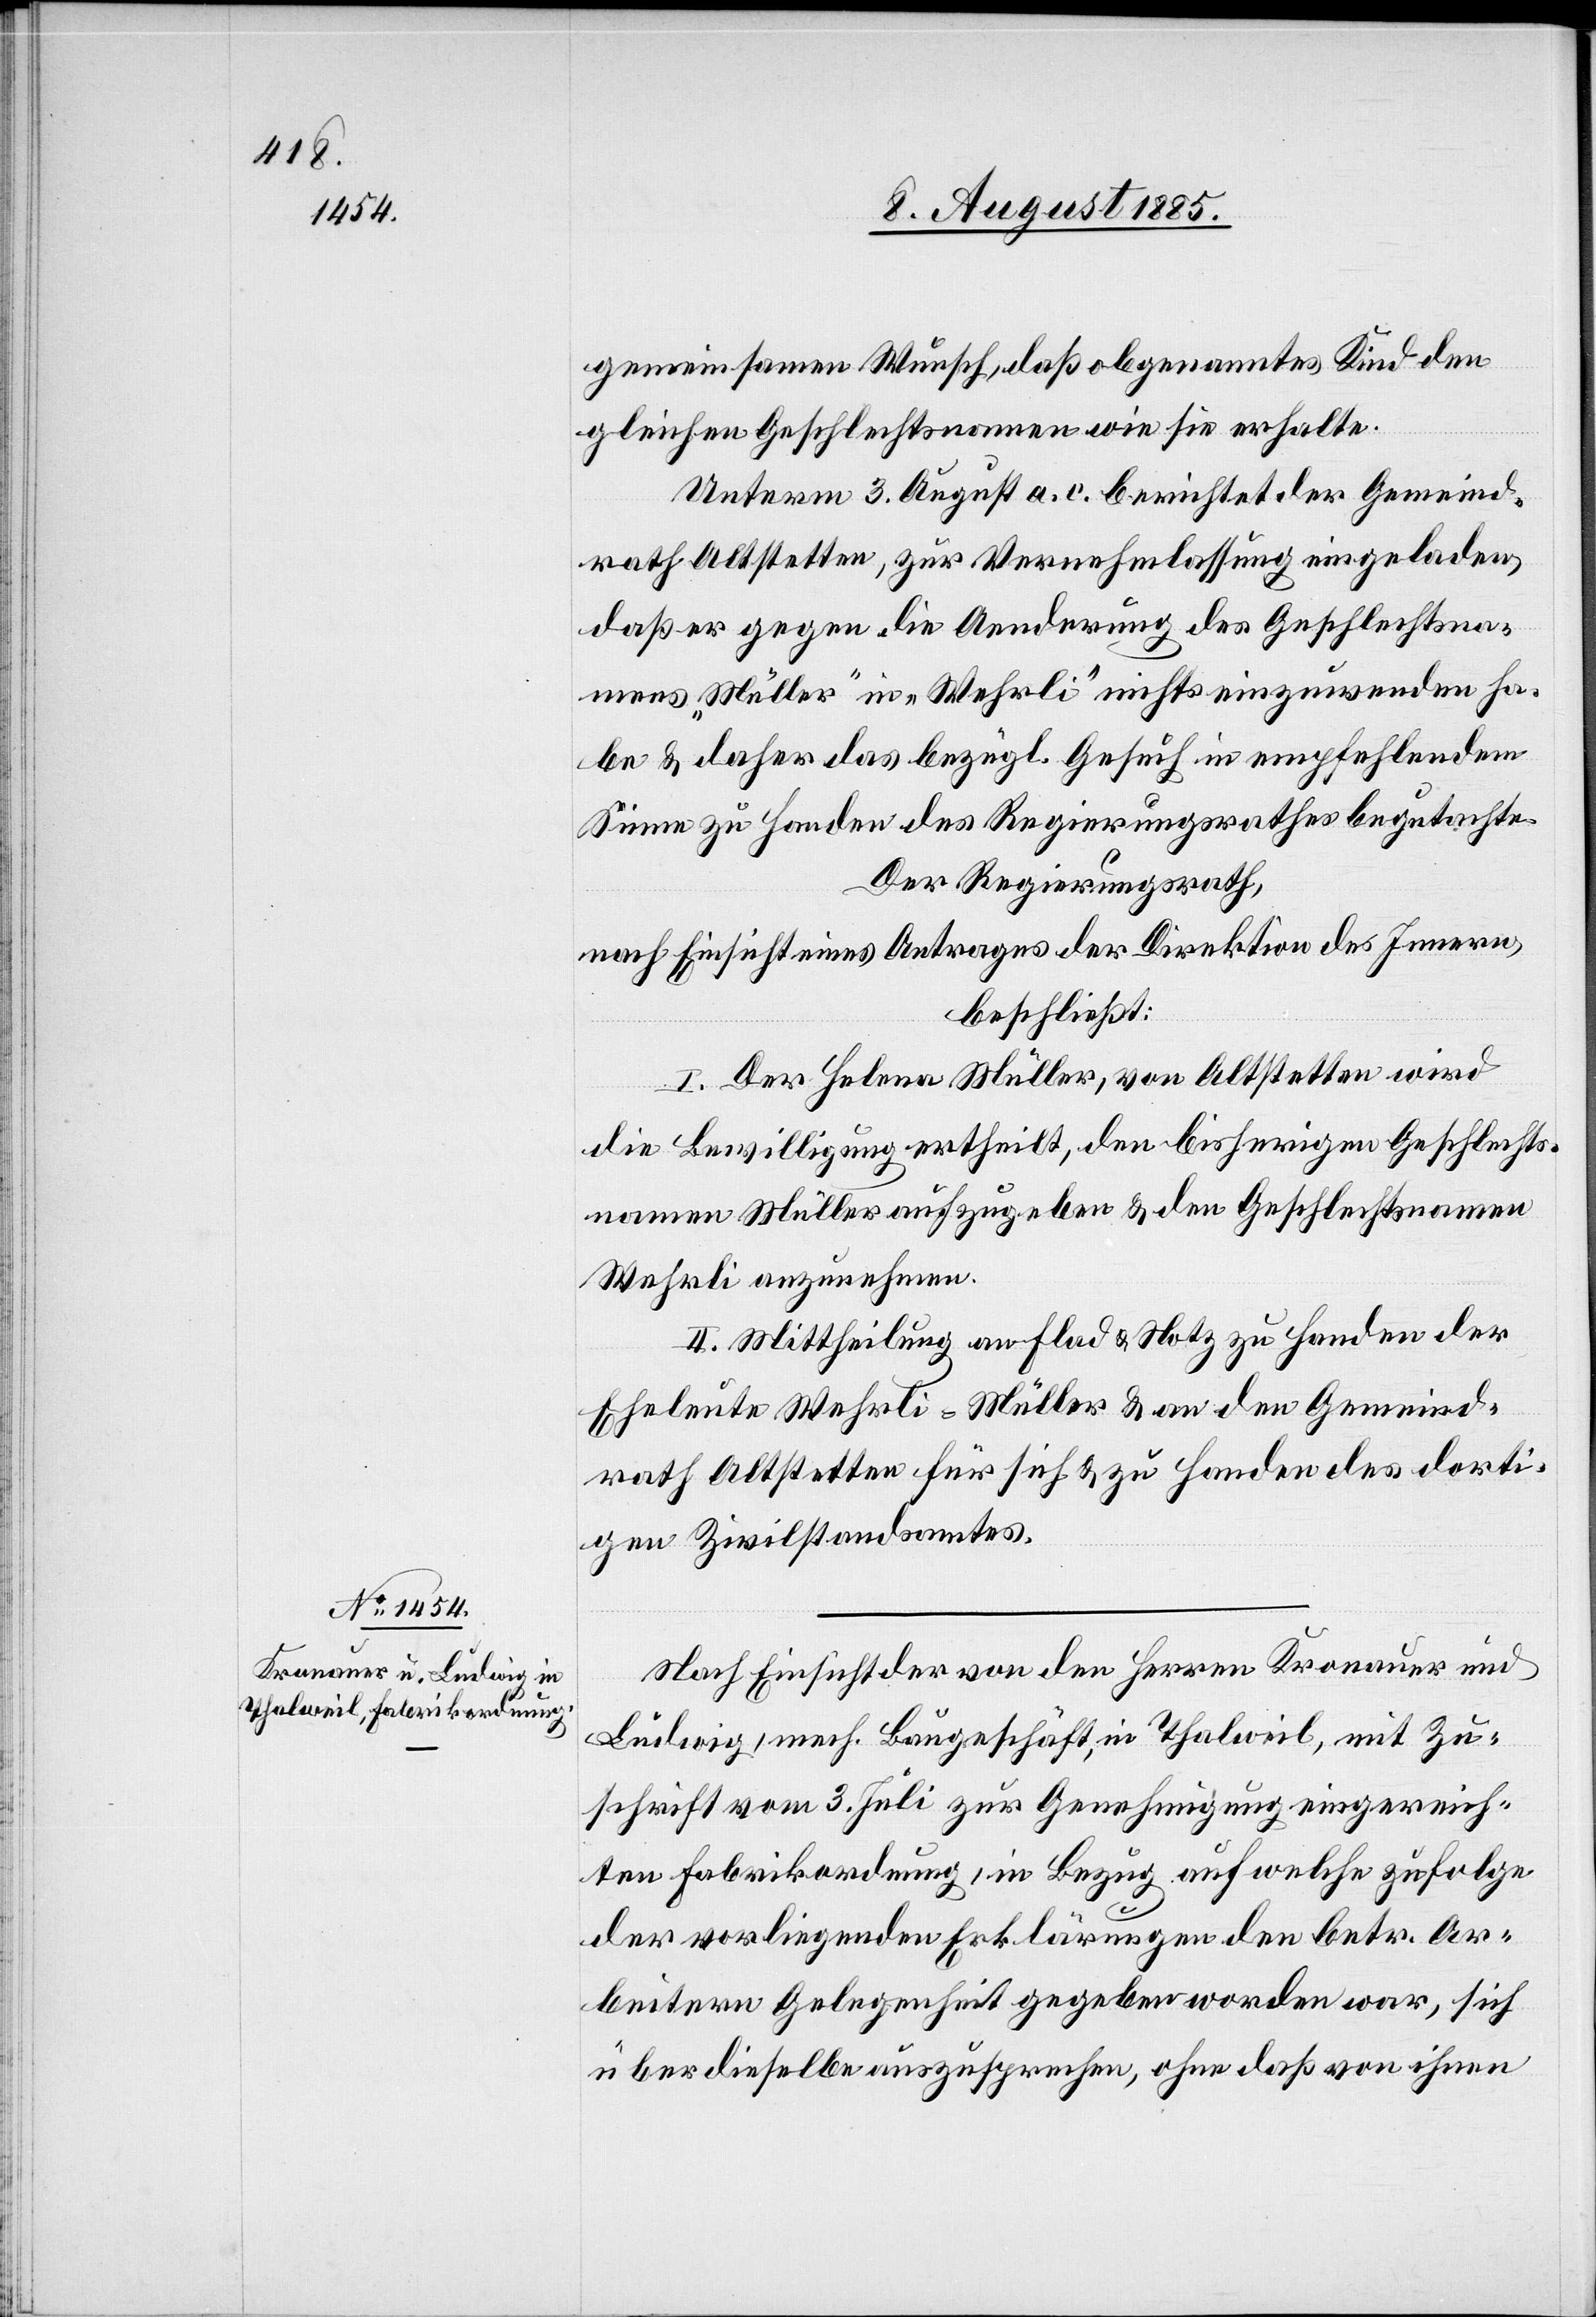
gemeinsamen Wunsch, daß obgenanntes Kind den
gleichen Geschlechtsnamen wie sie erhalte.
Unterm 3. August a. c. berichtet der Gemeind¬
rath Altstetten, zur Vernehmlassung eingeladen,
daß er gegen die Aenderung des Geschlechtsna¬
mens „Müller“ in „Wehrli“ nichts einzuwenden ha¬
be & daher das bezügl. Gesuch in empfehlendem
Sinne zu Handen des Regierungsrathes begutachte.
Der Regierungsrath,
nach Einsicht eines Antrages der Direktion des Innern,
beschließt:
I. Der Helena Müller, von Altstetten wird
die Bewilligung ertheilt, den bisherigen Geschlechts¬
namen Müller aufzugeben & den Geschlechtsnamen
Wehrli anzunehmen.
II. Mittheilung an Flad & Notz zu Handen der
Eheleute Wehrli-Müller & an den Gemeind¬
rath Altstetten für sich & zu Handen des dorti¬
gen Zivilstandamtes.
Nach Einsicht der von den Herren Kronauer und
Ludwig, mech. Baugeschäft, in Thalweil, mit Zu¬
schrift vom 3. Juli zur Genehmigung eingereich¬
ten Fabrikordnung, in Bezug auf welche zufolge
der vorliegenden Erklärungen den betr. Ar¬
beitern Gelegenheit gegeben worden war, sich
über dieselbe auszusprechen, ohne daß von ihnen